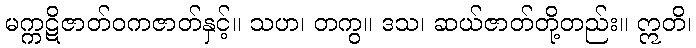
မက္ကဋိဇာတ်ဝကဇာတ်နှင့်။ သဟ၊ တကွ။ ဒသ၊ ဆယ်ဇာတ်တို့တည်း။ ဣတိ၊